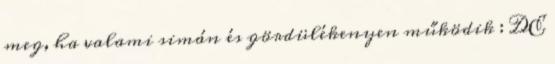
meg, ha valami simán és gördülékenyen működik : DE